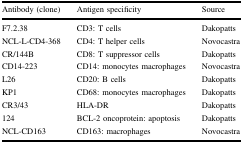
<table><thead><tr><td><b>Antibody (clone)</b></td><td><b>Antigen specificity</b></td><td><b>Source</b></td></tr></thead><tbody><tr><td>F7.2.38</td><td>CD3: T cells</td><td>Dakopatts</td></tr><tr><td>NCL-L-CD4-368</td><td>CD4: T helper cells</td><td>Novocastra</td></tr><tr><td>CR/144B</td><td>CD8: T suppressor cells</td><td>Dakopatts</td></tr><tr><td>CD14-223</td><td>CD14: monocytes macrophages</td><td>Novocastra</td></tr><tr><td>L26</td><td>CD20: B cells</td><td>Dakopatts</td></tr><tr><td>KP1</td><td>CD68: monocytes macrophages</td><td>Dakopatts</td></tr><tr><td>CR3/43</td><td>HLA-DR</td><td>Dakopatts</td></tr><tr><td>124</td><td>BCL-2 oncoprotein: apoptosis</td><td>Dakopatts</td></tr><tr><td>NCL-CD163</td><td>CD163: macrophages</td><td>Novocastra</td></tr></tbody></table>